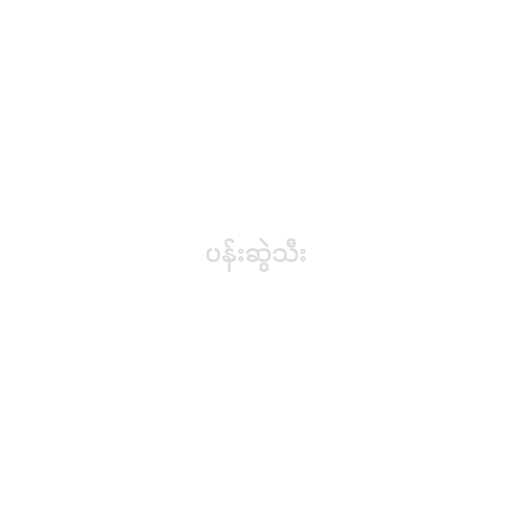
ပန်းဆွဲသီး